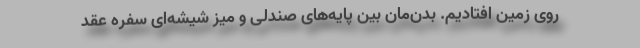
روی زمین افتادیم. بدن‌مان بین پایه‌های صندلی و میز شیشه‌ای سفره عقد